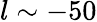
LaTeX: l\sim-50